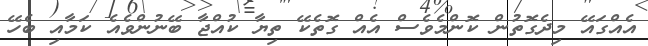
އެއްގައޭ މިދެގޮތުން ކޮންމެވެސް އެއް ގޮތެކޭ ތިޔާ ކުއްޖާ ބޭނުންވެއެ ކަމާއި ބެހޭ